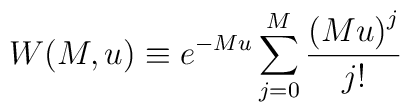
W (M, u) \equiv e^{-Mu} \sum_{j=0}^{M} {\left( Mu \right)^j \over j! }